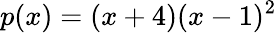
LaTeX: p(x)=(x+4)(x-1)^{2}